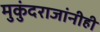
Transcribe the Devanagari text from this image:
मुकुंदराजांनीही